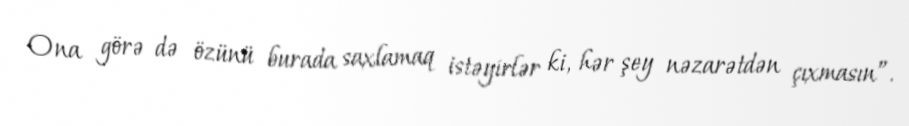
Ona görə də özünü burada saxlamaq istəyirlər ki, hər şey nəzarətdən çıxmasın”.